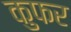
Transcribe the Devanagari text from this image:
कुफर